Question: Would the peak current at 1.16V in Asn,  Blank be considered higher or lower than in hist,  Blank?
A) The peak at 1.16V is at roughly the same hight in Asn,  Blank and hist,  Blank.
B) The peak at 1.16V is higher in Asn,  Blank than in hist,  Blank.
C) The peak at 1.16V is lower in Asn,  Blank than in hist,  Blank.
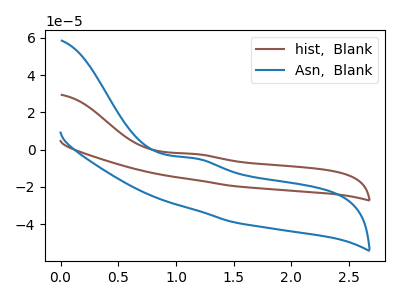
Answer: <think>The brown curve "hist,  Blank" has an anodic peak at: (1.15V, -2.35uA). The blue curve "Asn,  Blank" has an anodic peak at: (1.15V, -4.65uA).</think>
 <answer>C) The peak at 1.16V is lower in "Asn,  Blank" than in "hist,  Blank".</answer>
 <eval>C</eval>